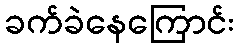
ခက်ခဲနေကြောင်း